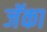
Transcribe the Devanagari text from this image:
जॅका